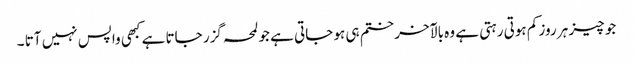
جو چیز ہر روز کم ہوتی رہتی ہے وہ بالآخر ختم ہی ہو جاتی ہے جو لمحہ گزر جاتا ہے کبھی واپس نہیں آتا ۔